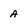
Character: a